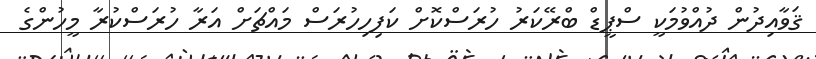
ޤަވާއިދުން ދުއްވުމަކީ ސްޕީޑް ބްރޭކަރު ހުރަސްކޮށް ކަފިހިހުރަސް މައްޗަށް އަރާ ހުރަސްކުރާ މީހުންގެ